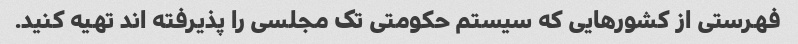
فهرستی از کشورهایی که سیستم حکومتی تک مجلسی را پذیرفته اند تهیه کنید.